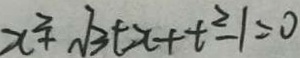
x ^ { 2 } + \sqrt { 3 } + x + t ^ { 2 } - 1 = 0